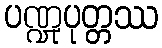
ပဏ္ဍုပုတ္တဿ